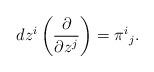
LaTeX: \begin{align*}dz^i\left(\frac{\partial}{\partial z^j}\right) = \pi^i{}_j. \end{align*}